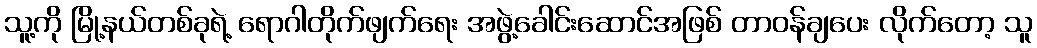
သူ့ကို မြို့နယ်တစ်ခုရဲ့ ရောဂါတိုက်ဖျက်ရေး အဖွဲ့ခေါင်းဆောင်အဖြစ် တာဝန်ချပေး လိုက်တော့ သူ